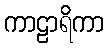
ကာဠာရိကာ